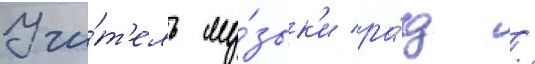
Учи́т'ель му́зык'и ра́д /